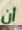
أن